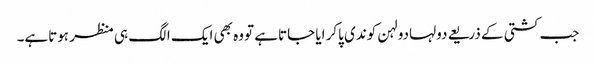
جب کشتی کے ذریعے دولہادولہن کوندی پاکر ایا جاتاہے تووہ بھی ایک الگ ہی منظر ہوتاہے۔